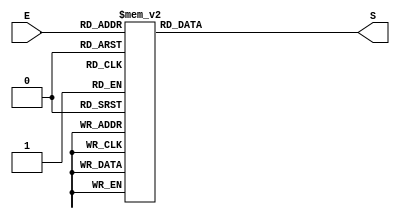
module decodificador(E,S);
input [0:3]E;
output reg[0:6]S;

always@(E) //ambiente always
  begin
   case(E) //concatena todas as posioes do vetor
        //cada caso  apresentado como se fosse a tabela verdade
	4'b0000 : S = 7'b0000001;
	4'b0001 : S = 7'b1001111;
	4'b0010 : S = 7'b0010010;
	4'b0011 : S = 7'b0000110;
	4'b0100 : S = 7'b1001100;
	4'b0101 : S = 7'b0100100;
	4'b0110 : S = 7'b0100000;
	4'b0111 : S = 7'b0001111;
	4'b1000 : S = 7'b0000000;
	4'b1001 : S = 7'b0000100;
	default : S = 7'b1111111;
	endcase; //fim do case
	
 end // fim do always

endmodule